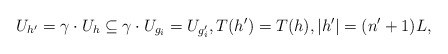
\begin{align*} U_{h'} = \gamma \cdot U_h \subseteq \gamma \cdot U_{g_i} = U_{g'_i}, T(h') = T(h), |h'| = (n' + 1)L, \end{align*}